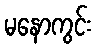
မနောကွင်း